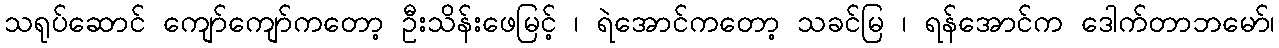
သရုပ်ဆောင် ကျော်ကျော်ကတော့ ဦးသိန်းဖေမြင့် ၊ ရဲအောင်ကတော့ သခင်မြ ၊ ရန်အောင်က ဒေါက်တာဘမော်၊